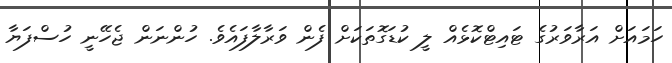
ހަމައަށް އަރާވަރުގެ ޓައިޓްކޮޅެއް ލީ ކުޑަގޮތަކަށް ފެން ވަރާލާފައެވެ. ހުންނަން ޖެހޭނީ ހުސްފަޔާ